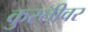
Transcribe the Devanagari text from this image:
कुस्तीवर